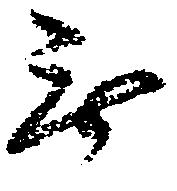
無